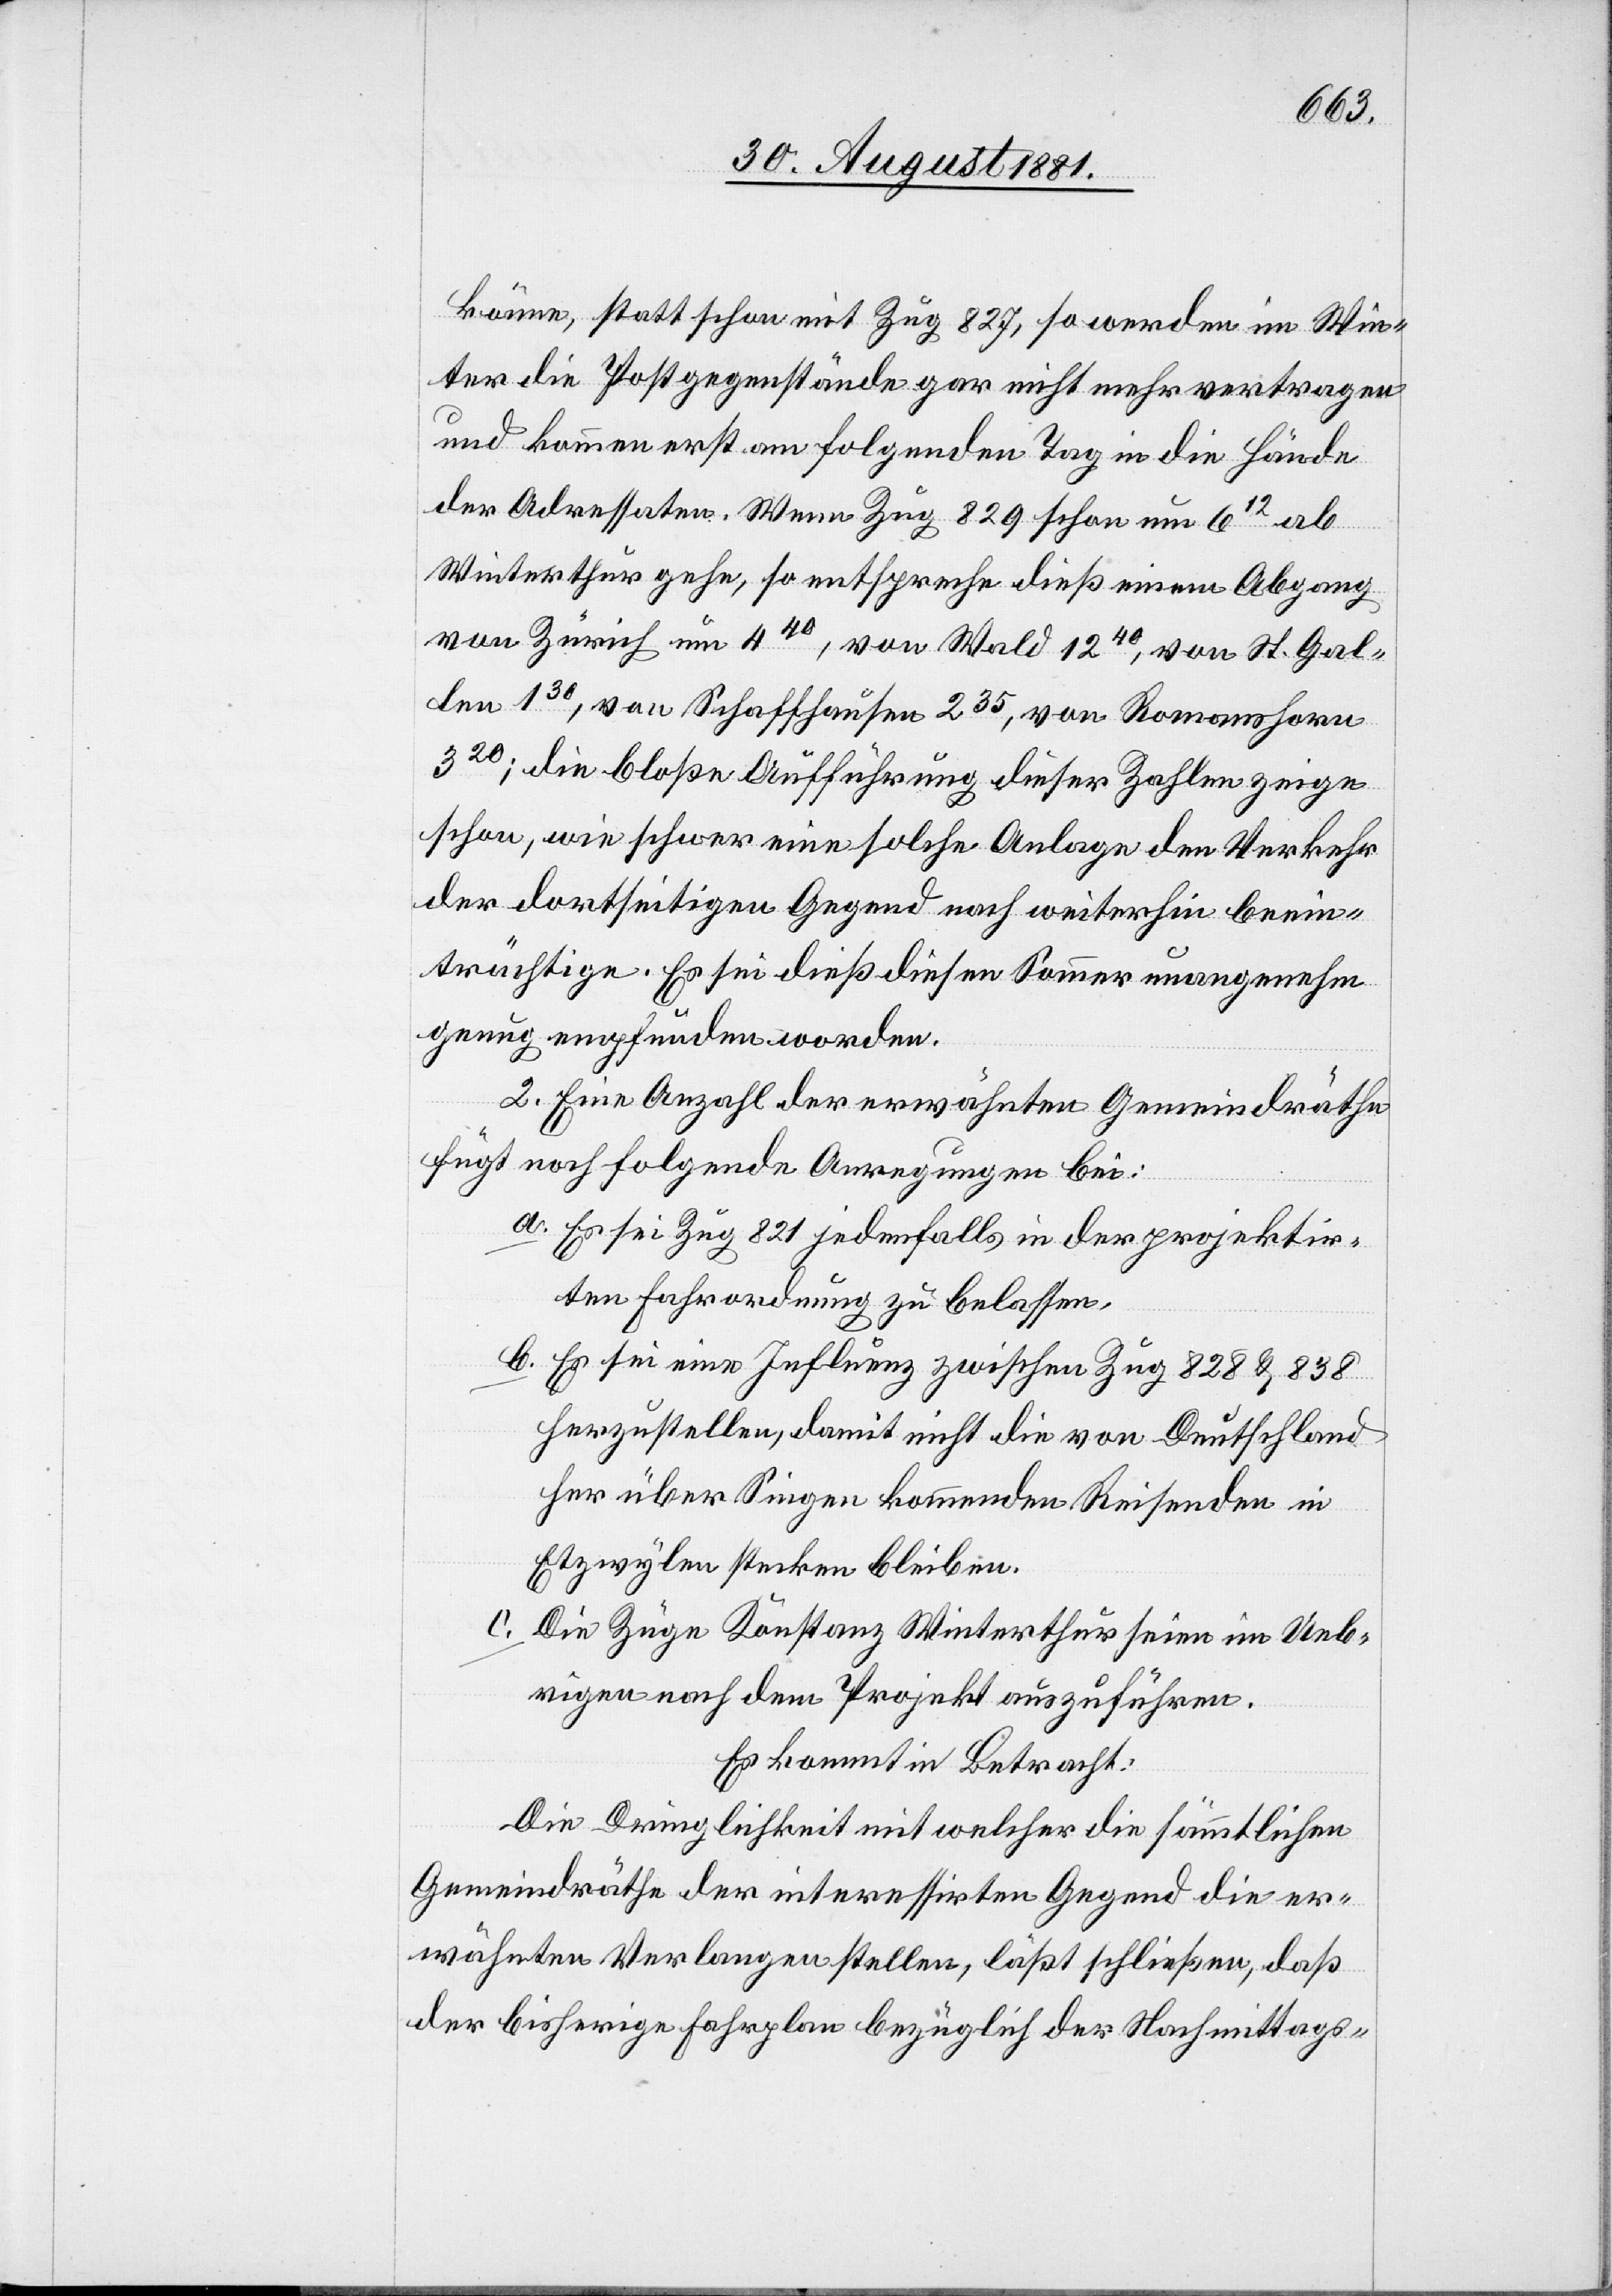
könne, statt schon mit Zug 827, so werden im Win¬
ter die Postgegenstände gar nicht mehr vertragen
und kommen erst am folgenden Tag in die Hände
der Adressaten. Wenn Zug 829 schon um 612 ab
Winterthur gehe, so entspreche dieß einem Abgang
von Zürich um 440, von Wald 1240, von St. Gal¬
len 130, von Schaffhausen 235, von Romanshorn
320; die bloße Aufführung dieser Zahlen zeige
schon, wie schwer eine solche Anlage den Verkehr
der dortseitigen Gegend nach weiterhin beein¬
trächtige. Es sei dieß diesen Sommer unangenehm
genug empfunden worden.
2. Eine Anzahl der erwähnten Gemeinderäthe
fügt noch folgende Anregungen bei:
a. Es sei Zug 821 jedenfalls in der projektir¬
ten Fahrordnung zu belassen.
b. Es sei eine Influenz zwischen Zug 828 & 838
herzustellen, damit nicht die von Deutschland
her über Singen kommenden Reisenden in
Etzwylen stecken bleiben.
c. Die Züge Konstanz[–]Winterthur seien im Ueb¬
rigen nach dem Projekt auszuführen.
Es kommt in Betracht:
Die Dringlichkeit mit welcher die sämmtlichen
Gemeinderäthe der interessirten Gegend die er¬
wähnten Verlegungen stellen, läßt schließen, daß
der bisherige Fahrplan bezüglich der Nachmittags-